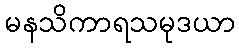
မနသိကာရသမုဒယာ